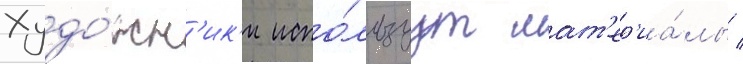
Худо́жн'ик'и испо́льзуут мат'ер'иа́лы /